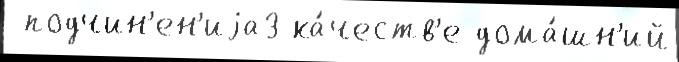
 подчин'ен'иjа3 ка́честв'е дома́шн'ий